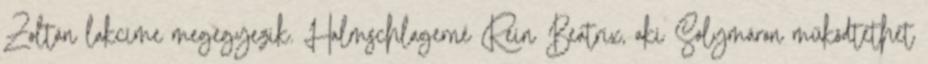
Zoltán lakcíme megegyezik. Halmschlagerné Rein Beatrix, aki Solymáron működtethet